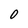
Character: O